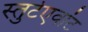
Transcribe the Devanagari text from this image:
स्तुर्टएवांट